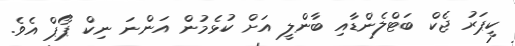
ކީޕަރު ޖެކް ބަޓްލެންޑާއި ބާންލީ އަށް ކުޅެމުން އަންނަ ނިކް ޕޯޕް އެވެ.